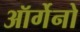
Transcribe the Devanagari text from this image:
ऑर्गेनो